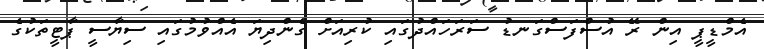
އެމްޑީޕީ އިން ރޭ އުސްފަސްގަނޑު ސަރަހައްދުގައި ކުރިއަށް ގެންދިޔަ އެއްވުމުގައި ސިޔާސީ ޕާޓީތަކުގެ